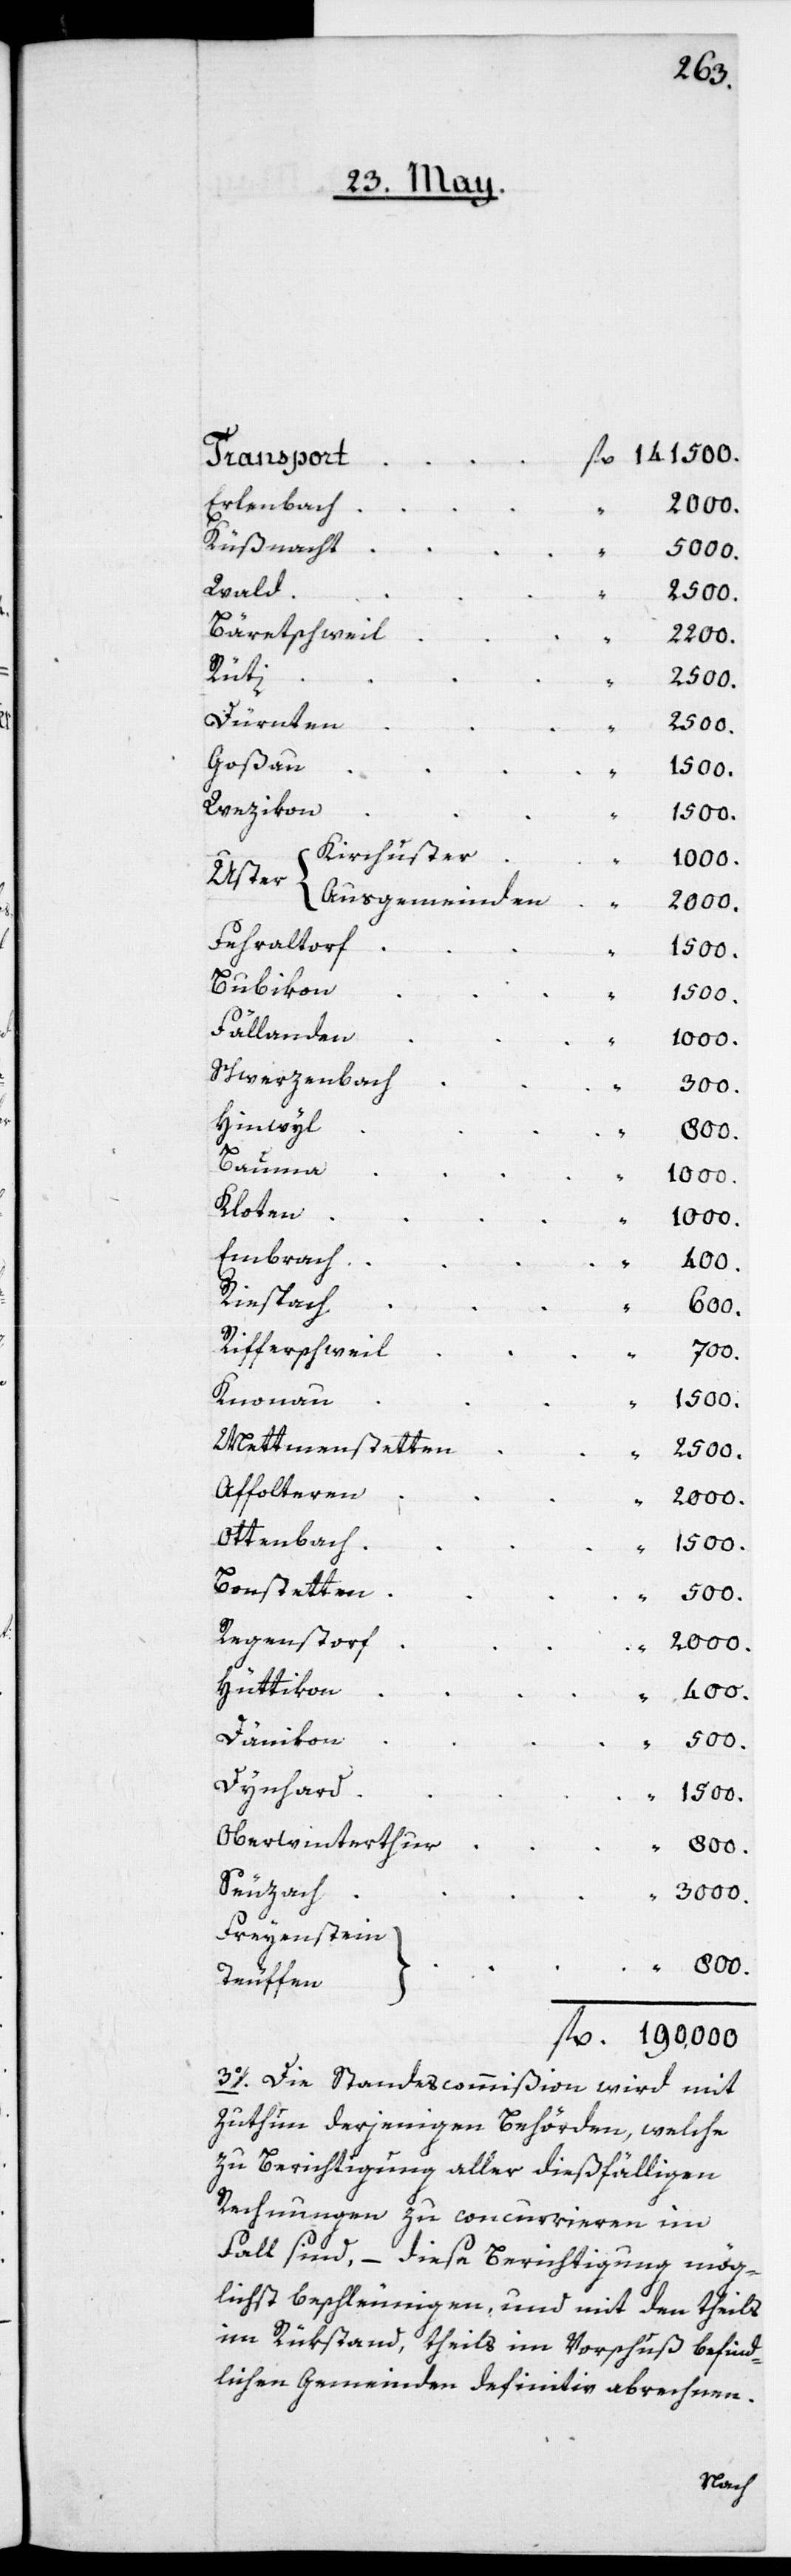
Erlenbach
Küsnacht
Wald
Bäretschweil
Rüti
Dürnten
Goßau
Wezikon
Uster
Fehlraltorf
Bubikon
Fällanden
Schwerzenbach
Hinwyl
Bauma
Kloten
Embrach
Riespach
Rifferschweil
Knonau
Mettmenstetten
Affolteren
Ottenbach
Bonstetten
Regenstorf
Hüttikon
Dänikon
Dynhard
Oberwinterthur
Seuzach
Freyenstein
Teuffen
fl.
3o. Die Standescommißion
Zutun derjenigen Behörden,
zu Berichtigung aller dießfäl¬
Rechnungen zu concurrieren
Fall sind, – diese Berichtigung
lichst beschleunigen, und mit
im Rükstand, theils im Vorschuß
dlichen Gemeinden definitiv abre¬

den

chnen.

mög¬